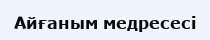
Айғаным медресесі